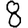
Digit: 8